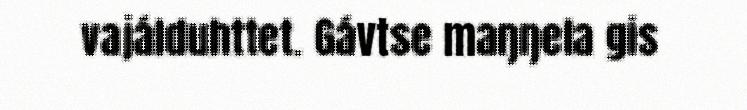
vajálduhttet. Gávtse maŋŋela gis